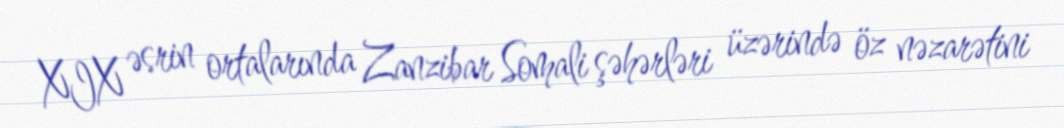
XIX əsrin ortalarında Zanzibar Somali şəhərləri üzərində öz nəzarətini